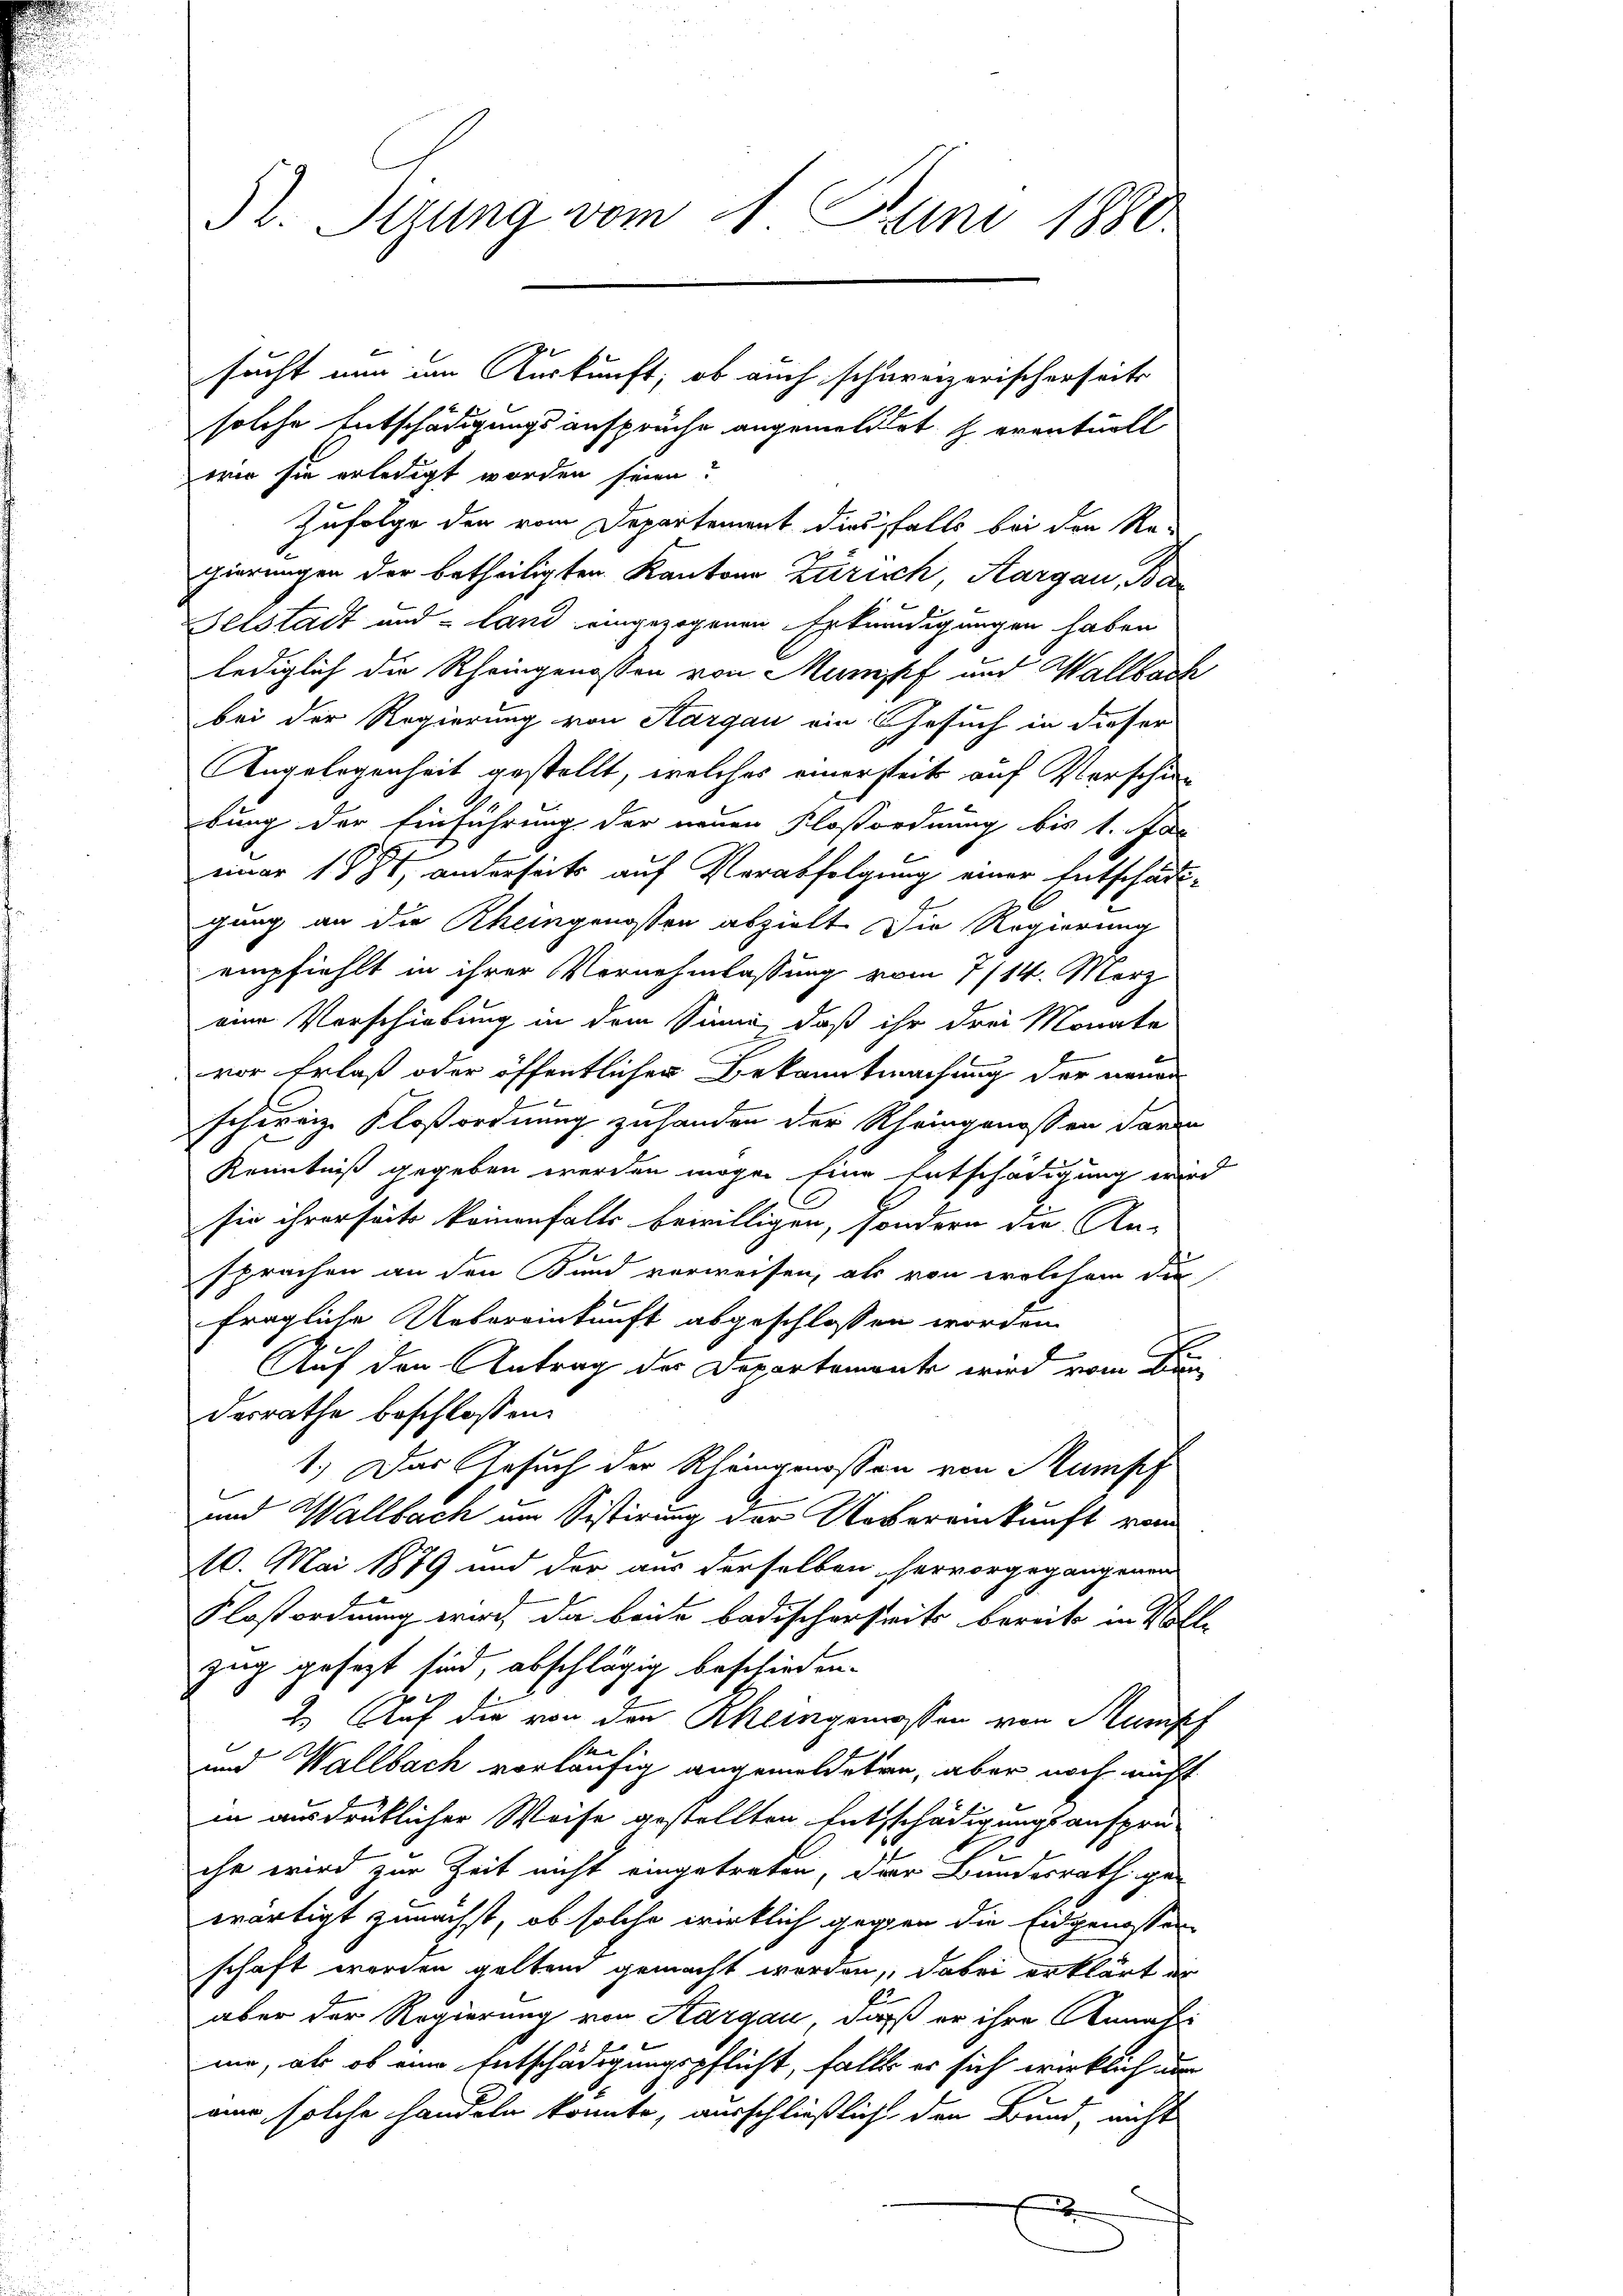
52. Sigung vom 11. Juni 1880.

solche Entschädigungsansprüche angemeldet eventuell
wie sie erledigt worden seien:
Zufolge der vom Departement diesfalls bei den Re-
gierungen der betheiligten Kantons Zürich, Aargau, Bar
Gelstadt und -Land eingezogenen Erkundigungen haben
lediglich die Rheingenossen von Mumpf und Wallbach
bei der Regierung von Sargau ein Gesuch in dieser
Angelegenheit gestellt, welches einerseits auf Verschiebung der Einführung der neuen Floßordnung bis 1. Par
einer 1881, anderseits auf Verabfolgung einer Entschädi-
gung an die Rheingenossen abzielt. Die Regierung
empfiehlt in ihrer Vornehmlassung vom 7/14. Merz
eine Vorschiebung in dem Sinne, daß ihr drei Monate
vor Erlaß oder öffentlicher Bekanntmachung der neuen
.
schweiz. Kloßordnung zuhanden der Rheingenossen daran
Kenntniß gegeben werden mögen Eine Entschädigung wird
sie ihrerseits keinenfalls bewilligen, sondern die An-
sprachen an den Bund verweisen, als von welchem die
fragliche Uebereinkunft abgeschlossen worden
Auf den Antrag der Departemente wird vom B
desrathe beschlossen:
1.) Das Gesuch der Rheingenossen von Sumpf
und Wallbach um Sistirung der Uebereinkunft vom
10. Mai 1879 und der aus derselben hervorgegangenen
Floßordnung wird, da beide badischerseits bereits in Vollzug gesezt sind, abschlägig beschieden.
2.) Auf die von den Rheingenossen von Rump
l
und Wallbach vorläufig angemeldeten, aber noch nicht
in ausdrüklicher Weise gestellten Entschädigungsansprü-
che wird zur Zeit nicht eingetreten, der Bundesrath ge-
wärtigt zunächst, ob solche wirklich gegen die Eidgenossen
schaft worden gelten gemacht werden, dabei erklärt er
aber der Regierung von Aargau, daß er ihre Annahme, als ob eine Entschädigungspflicht, falls er sich wirklich nur
mur, solche handeln konnte, ausschließliche den Bund, nicht
x

sucht nun im Auskunft, ob auch schareizerischerseits